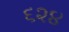
૬૨૪